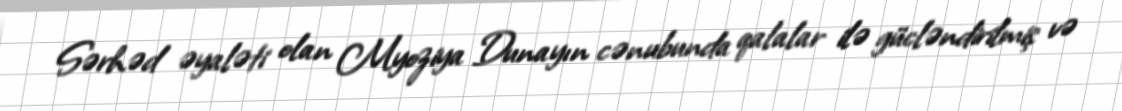
Sərhəd əyaləti olan Myoziya Dunayın cənubunda qalalar ilə gücləndirilmiş və